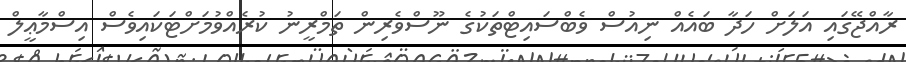
ރާއްޖޭގައި އަލަށް ހަދާ ބައެއް ނިއުސް ވެބްސައިޓްތަކުގެ ނޫސްވެރިން ތަމްރީނު ކުރެއްވުމަށްޓަކައިވެސް އިސްމާޢީލް